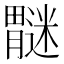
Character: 𫆿